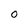
Character: O